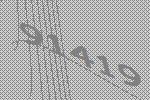
91419